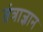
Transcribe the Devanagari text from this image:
तंत्राज्ञान